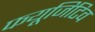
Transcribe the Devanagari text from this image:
फयूजिटिव